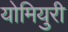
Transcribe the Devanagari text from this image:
योमियुरी